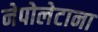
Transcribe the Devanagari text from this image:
नेपोलेटाना